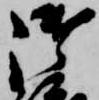
御